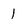
Character: 1